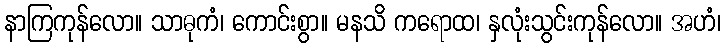
နာကြကုန်လော။ သာဓုကံ၊ ကောင်းစွာ။ မနသိ ကရောထ၊ နှလုံးသွင်းကုန်လော။ အဟံ၊